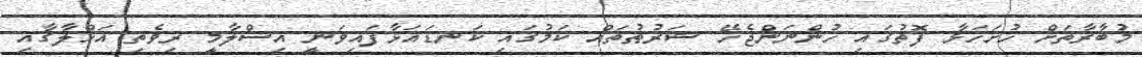
މުބާރާތަށް ހުށަހަޅާ ފޮތުގައި ހުންނަންޖެހޭ ޝަރުޠުތައް ކަމުގައި ކަނޑައަޅާފައިވަނީ އިސްލާމީ ރިވެތި އަޚްލާގާއި